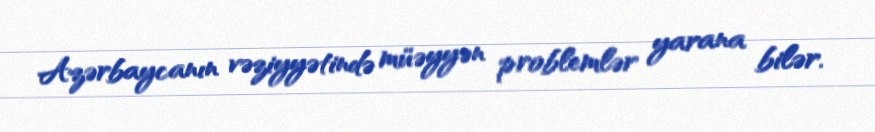
Azərbaycanın vəziyyətində müəyyən problemlər yarana bilər.